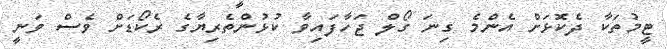
ޓީމުތަކާ ދެކޮޅަށް އެންމެ ގިނަ ގޯލް ޖަހާފައިވާ ކުޅުންތެރިޔާގެ ރެކޯޑަށް ވެސް ވަނީ